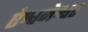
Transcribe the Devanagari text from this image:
ऐश्वनेश्वर